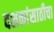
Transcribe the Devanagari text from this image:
दशकांसाठीचा